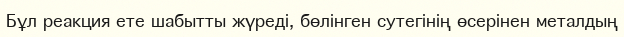
Бұл реакция ете шабытты жүреді, бөлінген сутегінің өсерінен металдың